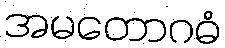
အမတောဂဓံ